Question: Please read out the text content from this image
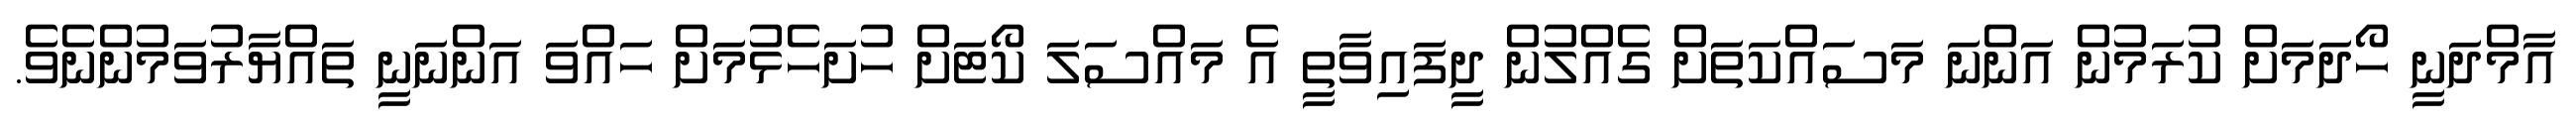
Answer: އާމްދަނީ ހޯދަމަށް ކުރަމުން އަންނަ މަސައްކަތަށް ގެއްލުން ދީފައިވާތީ އެ މައްސަލަ ކޯޓަށް ހުށަހެޅުމަށް ހައްވަ އަންނަނީ ތައްޔާރުވަމުންނެވެ.